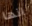
انها